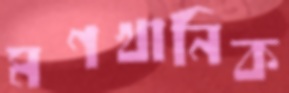
মণখানিক